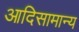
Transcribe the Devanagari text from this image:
आदिसामान्य